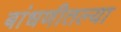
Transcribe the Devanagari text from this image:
बांधणीतल्या